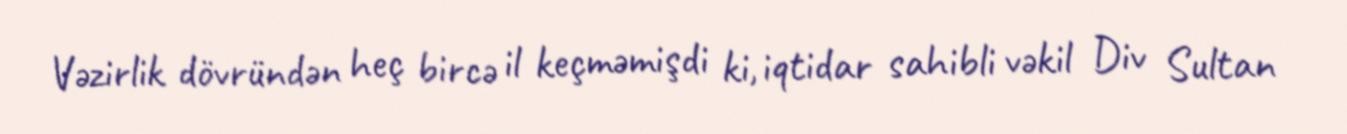
Vəzirlik dövründən heç bircə il keçməmişdi ki, iqtidar sahibli vəkil Div Sultan